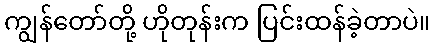
ကျွန်တော်တို့ ဟိုတုန်းက ပြင်းထန်ခဲ့တာပဲ။